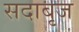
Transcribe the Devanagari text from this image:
सदाबृज